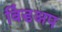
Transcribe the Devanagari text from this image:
विंडअप